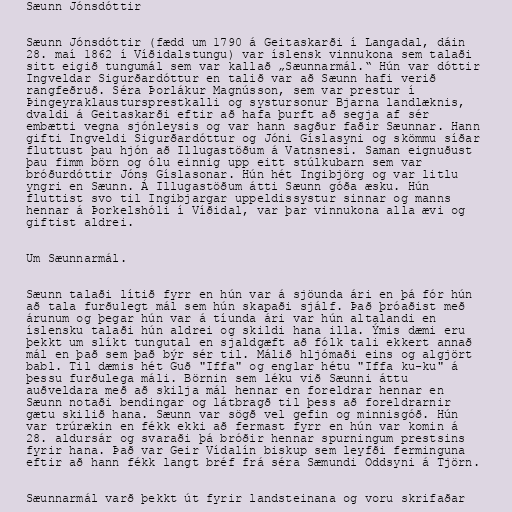
Sæunn Jónsdóttir

Sæunn Jónsdóttir (fædd um 1790 á Geitaskarði í Langadal, dáin
28. maí 1862 í Víðidalstungu) var íslensk vinnukona sem talaði
sitt eigið tungumál sem var kallað „Sæunnarmál.“ Hún var dóttir
Ingveldar Sigurðardóttur en talið var að Sæunn hafi verið
rangfeðruð. Séra Þorlákur Magnússon, sem var prestur í
Þingeyraklaustursprestkalli og systursonur Bjarna landlæknis,
dvaldi á Geitaskarði eftir að hafa þurft að segja af sér
embætti vegna sjónleysis og var hann sagður faðir Sæunnar. Hann
gifti Ingveldi Sigurðardóttur og Jóni Gíslasyni og skömmu síðar
fluttust þau hjón að Illugastöðum á Vatnsnesi. Saman eignuðust
þau fimm börn og ólu einnig upp eitt stúlkubarn sem var
bróðurdóttir Jóns Gíslasonar. Hún hét Ingibjörg og var litlu
yngri en Sæunn. Á Illugastöðum átti Sæunn góða æsku. Hún
fluttist svo til Ingibjargar uppeldissystur sinnar og manns
hennar á Þorkelshóli í Víðidal, var þar vinnukona alla ævi og
giftist aldrei.

Um Sæunnarmál.

Sæunn talaði lítið fyrr en hún var á sjöunda ári en þá fór hún
að tala furðulegt mál sem hún skapaði sjálf. Það þróaðist með
árunum og þegar hún var á tíunda ári var hún altalandi en
íslensku talaði hún aldrei og skildi hana illa. Ýmis dæmi eru
þekkt um slíkt tungutal en sjaldgæft að fólk tali ekkert annað
mál en það sem það býr sér til. Málið hljómaði eins og algjört
babl. Til dæmis hét Guð "Iffa" og englar hétu "Iffa ku-ku" á
þessu furðulega máli. Börnin sem léku við Sæunni áttu
auðveldara með að skilja mál hennar en foreldrar hennar en
Sæunn notaði bendingar og látbragð til þess að foreldrarnir
gætu skilið hana. Sæunn var sögð vel gefin og minnisgóð. Hún
var trúrækin en fékk ekki að fermast fyrr en hún var komin á
28. aldursár og svaraði þá bróðir hennar spurningum prestsins
fyrir hana. Það var Geir Vídalín biskup sem leyfði ferminguna
eftir að hann fékk langt bréf frá séra Sæmundi Oddsyni á Tjörn.

Sæunnarmál varð þekkt út fyrir landsteinana og voru skrifaðar